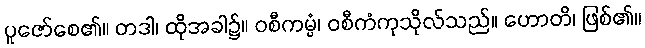
ပူဇော်စေ၏။ တဒါ၊ ထိုအခါ၌။ ဝစီကမ္မံ၊ ဝစီကံကုသိုလ်သည်။ ဟောတိ၊ ဖြစ်၏။